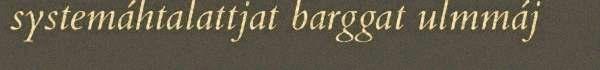
systemáhtalattjat barggat ulmmáj